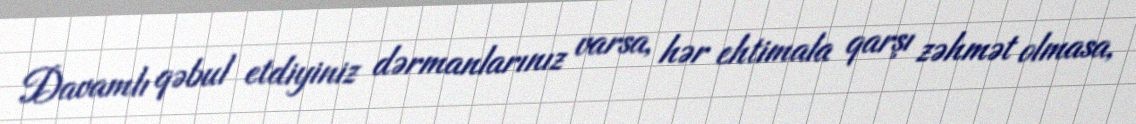
Davamlı qəbul etdiyiniz dərmanlarınız varsa, hər ehtimala qarşı zəhmət olmasa,